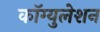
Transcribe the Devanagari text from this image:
कॉग्युलेशन